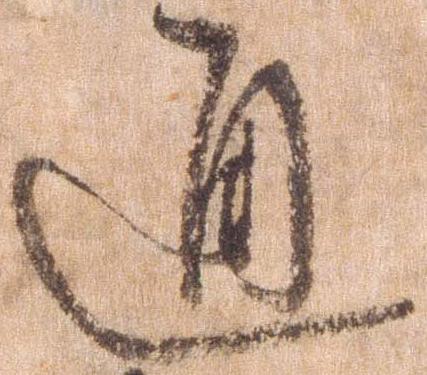
通